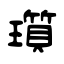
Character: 瓆